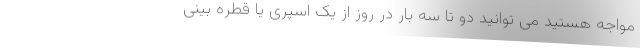
مواجه هستید می توانید دو تا سه بار در روز از یک اسپری یا قطره بینی